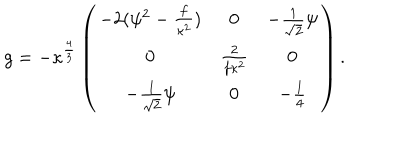
g = - \kappa ^ { \frac { 4 } { 3 } } \left( \begin{matrix} { { - 2 ( \psi ^ { 2 } - { \frac { f } { \kappa ^ { 2 } } } ) } } & { { 0 } } & { { - { \frac { 1 } { \sqrt { 2 } } } \psi } } \\ { { 0 } } & { { { \frac { 2 } { f \kappa ^ { 2 } } } } } & { { 0 } } \\ { { - { \frac { 1 } { \sqrt { 2 } } } \psi } } & { { 0 } } & { { - { \frac { 1 } { 4 } } } } \\ \end{matrix} \right) .